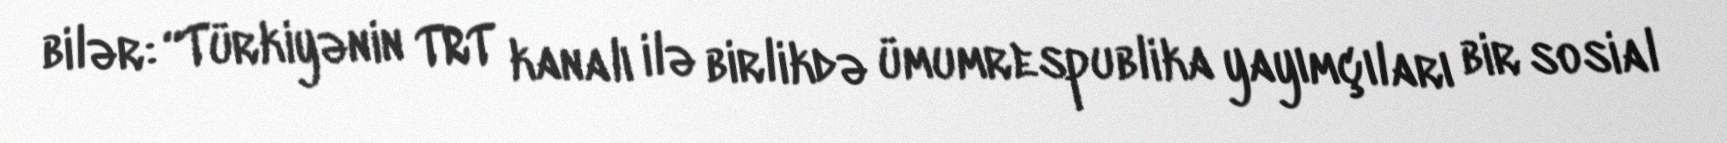
bilər: “Türkiyənin TRT kanalı ilə birlikdə ümumrespublika yayımçıları bir sosial